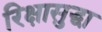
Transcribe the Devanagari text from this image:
रिक्षासुद्धा